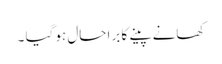
کھانے پینے کا برا حال ہو گیا ۔